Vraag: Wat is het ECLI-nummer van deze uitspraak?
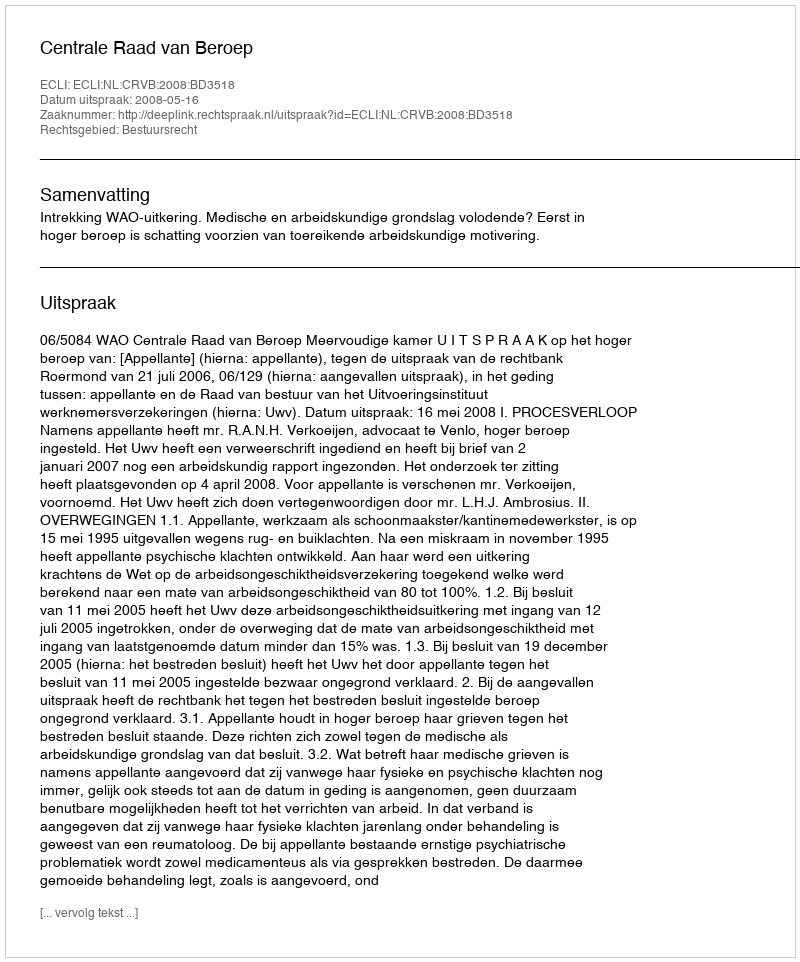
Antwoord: ECLI:NL:CRVB:2008:BD3518